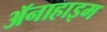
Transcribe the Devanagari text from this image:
ॲनाहाइम